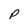
Character: p